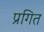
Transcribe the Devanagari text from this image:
प्रगित